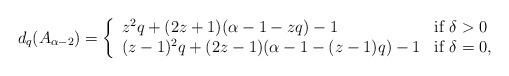
LaTeX: \begin{align*}d_q(A_{\alpha-2})=\left \{\begin{array}{ll} z^2q+(2z+1)(\alpha-1-zq)-1 & \textrm{if}\ \delta>0\\ (z-1)^2q+(2z-1)(\alpha-1 -(z-1)q)-1 & \textrm{if} \ \delta=0, \end{array}\right.\end{align*}